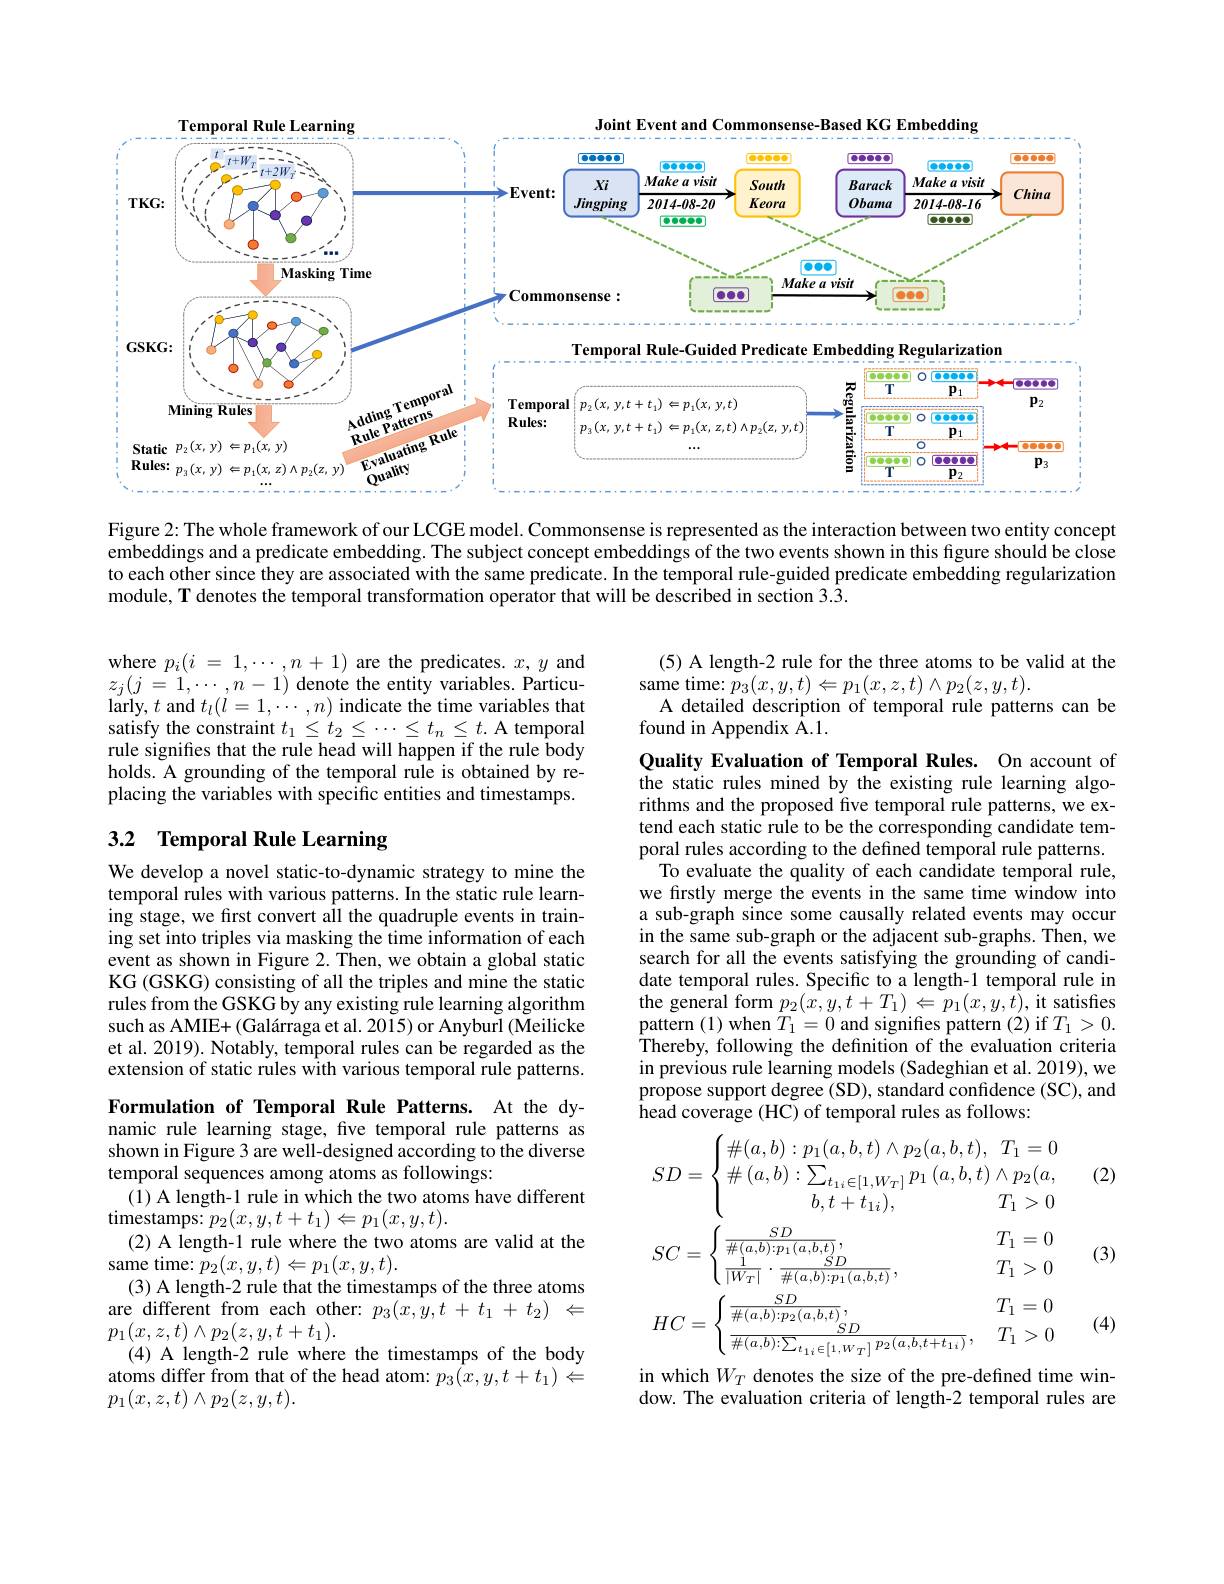
<FigureHere>

Figure 2: The whole framework of our LCGE model. Commonsense is represented as the interaction between two entity concept embeddings and a predicate embedding. The subject concept embeddings of the two events shown in this figure should be close to each other since they are associated with the same predicate. In the temporal rule-guided predicate embedding regularization module, T denotes the temporal transformation operator that will be described in section 3. $\hat {3. }$

(5) A length-2 rule for the three atoms to be valid at the
same time: $\tilde{p}_{3}(x,y,t)\Leftarrow p_{1}(x,z,t)\wedge p_{2}(z,y,t).$
A detailed description of temporal rule patterns can be
found in Appendix $\bar{\mathrm{A}}.1.$

where $p_{i}( i$ = $1, \cdots , n+ 1)$ are the predicates. $x,y$ and $z_{j}( j$ = $1, \cdots , n- 1)$ denote the entity variables. Particu- $\mathop{\mathrm{larly,~}t\mathrm{~and~}}t_{l}(l=1,\cdots,n)$ indicate the time variables that satisfy the constraint $t_1\leq t_2\leq\cdots\leq t_n\leq t.$ A temporal rule signifies that the rule head will happen if the rule body holds. A grounding of the temporal rule is obtained by replacing the variables with specific entities and timestamps.

### 3.2 Temporal Rule Learning

Quality Evaluation of Temporal Rules. On account of the static rules mined by the existing rule learning algorithms and the proposed five temporal rule patterns, we extend each static rule to be the corresponding candidate temporal rules according to the defined temporal rule patterns.
To evaluate the quality of each candidate temporal rule, we firstly merge the events in the same time window into a sub-graph since some causally related events may occur in the same sub-graph or the adjacent sub-graphs. Then, we search for all the events satisfying the grounding of candidate temporal rules. Specific to a length-1 temporal rule in the general form $p_{2}(x,y,t+T_{1})\Leftarrow p_{1}(x,y,t)$,it satisfes pattern (1) when $T_{1}=0$ and signifes pattern (2) if $T_{1}>0.$ Thereby, following the definition of the evaluation criteria in previous rule learning models (Sadeghian et al. 2019), we propose support degree (SD), standard confidence (SC), and head coverage (HC) of temporal rules as follows:

We develop a novel static-to-dynamic strategy to mine the temporal rules with various patterns. In the static rule learning stage, we first convert all the quadruple events in training set into triples via masking the time information of each event as shown in Figure 2. Then, we obtain a global static KG (GSKG) consisting of all the triples and mine the static rules from the GSKG by any existing rule learning algorithm such as AMIE+ (Galárraga et al. 2015) or Anyburl (Meilicke et al. 2019). Notably, temporal rules can be regarded as the extension of static rules with various temporal rule patterns.

Formulation of Temporal Rule Patterns. At the dynamic rule learning stage, five temporal rule patterns as shown in Figure 3 are well-designed according to the diverse temporal sequences among atoms as followings:
(1) A length-1 rule in which the two atoms have different
timestamps: $p_2(x,y,t+t_1)\Leftarrow p_1(x,y,t).$
(2) A length-1 rule where the two atoms are valid at the
same time: $p_{2}(x,y,t)\Leftarrow p_{1}(x,y,t).$
(3) A length-2 rule that the timestamps of the three atoms are different from each other: $p_3(x,y,t+t_1+t_2)~\Leftarrow$ $p_{1}(x,z,t)\wedge p_{2}(z,y,t+t_{1}).$
(4) A length-2 rule where the timestamps of the body atoms differ from that of the head atom: $p_3(x,y,t+t_1)\stackrel{\sim}{\leftarrow}$ $p_1(x,z,t)\wedge p_2(z,y,t).$
$$\begin{aligned}&SD=\begin{cases}\#(a,b):p_1(a,b,t)\wedge p_2(a,b,t),&T_1=0\\\#\:(a,b):\sum_{t_{1i}\in[1,W_T]}p_1\:(a,b,t)\wedge p_2(a,\\b,t+t_{1i}),&T_1>0\end{cases}\\&SC=\begin{cases}\frac{SD}{\#(a,b)\cdot p_1(a,b,t)},&T_1=0\\\frac{1}{|W_T|}\cdot\frac{SD}{\#(a,b)\cdot p_1(a,b,t)},&T_1>0\end{cases}\\&HC=\begin{cases}\frac{SD}{\#(a,b)\cdot p_2(a,b,t)},&T_1=0\\\frac{SD}{\#(a,b)\cdot\sum_{t_{1i}\in[1,W_{T}]}p_2(a,b,t+t_{1i})},&T_1>0\end{cases}\\&\text{in which }W_{T_{i}}\text{ denotes the size of the nre-defined time}\end{aligned}$$
(2)

(3)

(4)

dow. The evaluation criteria of length-2 temporal rules are